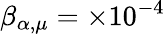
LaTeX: \beta_{\alpha,\mu}=\times 10^{-4}